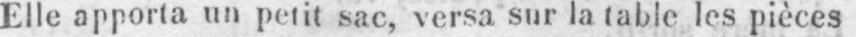
Elle apporta un petit sac, versa sur la table les pièces